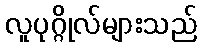
လူပုဂ္ဂိုလ်များသည်